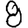
Digit: 8